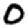
Digit: 0